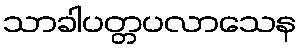
သာခါပတ္တပလာသေန